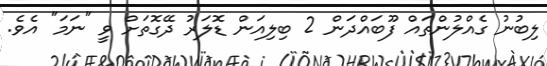
ލިބުނު ގެއްލުންތައް ފޫބައްދަން 2 ބިލިއަން ޑޮލަރު ދޭގޮތަށް ވީ "ނަމަ" އެވެ.